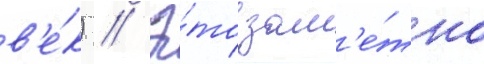
в'е́к) // Э́то зам'е́тно